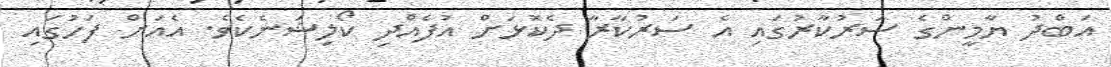
އަބްދު ޔާމީންގެ ސަރުކާރުގައި އެ ސަރުކާރާ ދެކޮޅަށް އުފެއްދި ކޯލިޝަނެކެވެ. އެއަށް ފަހުގައި